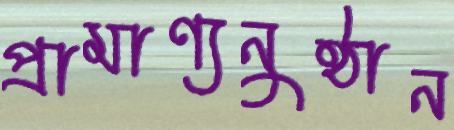
প্রামাণ্যনুষ্ঠান